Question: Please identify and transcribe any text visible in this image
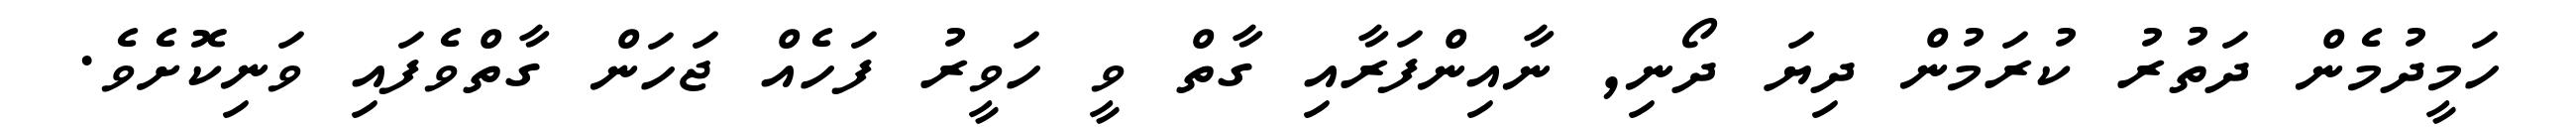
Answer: ހަމީދުމެން ދަތުރު ކުރަމުން ދިޔަ ދޯނި, ނާއިންފަރާއި ގާތް ވީ ހަވީރު ފަހެއް ޖަހަން ގާތްވެފައި ވަނިކޮށެވެ.